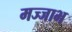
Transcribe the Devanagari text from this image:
मज्जाभ